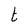
Character: t